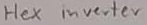
Text: Hex inverter